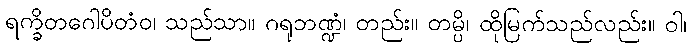
ရက္ခိတဂေါပိတံဝ၊ သည်သာ။ ဂရုဘဏ္ဍံ၊ တည်း။ တမ္ပိ၊ ထိုမြက်သည်လည်း။ ဝါ၊